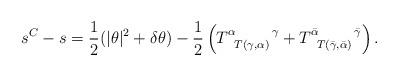
LaTeX: \begin{align*}s^C - s = \frac12 (|\theta|^2 + \delta\theta) - \frac12\left( T^{\alpha\qquad\;\gamma}_{\enskip T(\gamma,\alpha)}+ T^{\bar\alpha\qquad\;\bar\gamma}_{\enskip T(\bar\gamma,\bar\alpha)}\right).\end{align*}